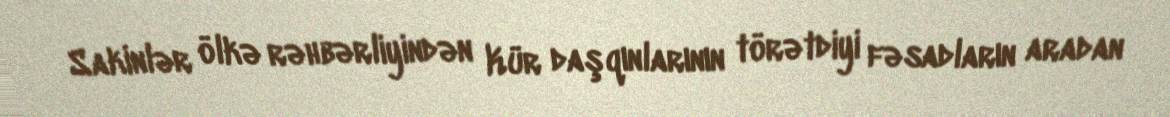
Sakinlər ölkə rəhbərliyindən Kür daşqınlarının törətdiyi fəsadların aradan